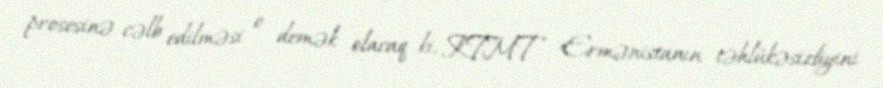
prosesinə cəlb edilməsi o demək olacaq ki, KTMT Ermənistanın təhlükəsizliyini